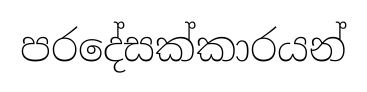
පරදේසක්කාරයන්